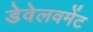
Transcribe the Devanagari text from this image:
डेवेलवमेंट